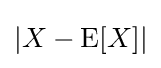
|X-\operatorname {E} [X]|